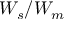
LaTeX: W _ { s } / W _ { m }